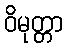
ဝိမုတ္တာ